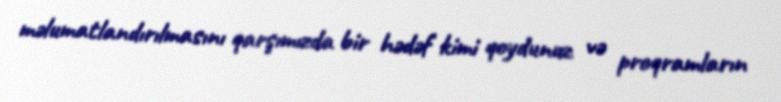
məlumatlandırılmasını qarşımızda bir hədəf kimi qoydunuz və proqramların